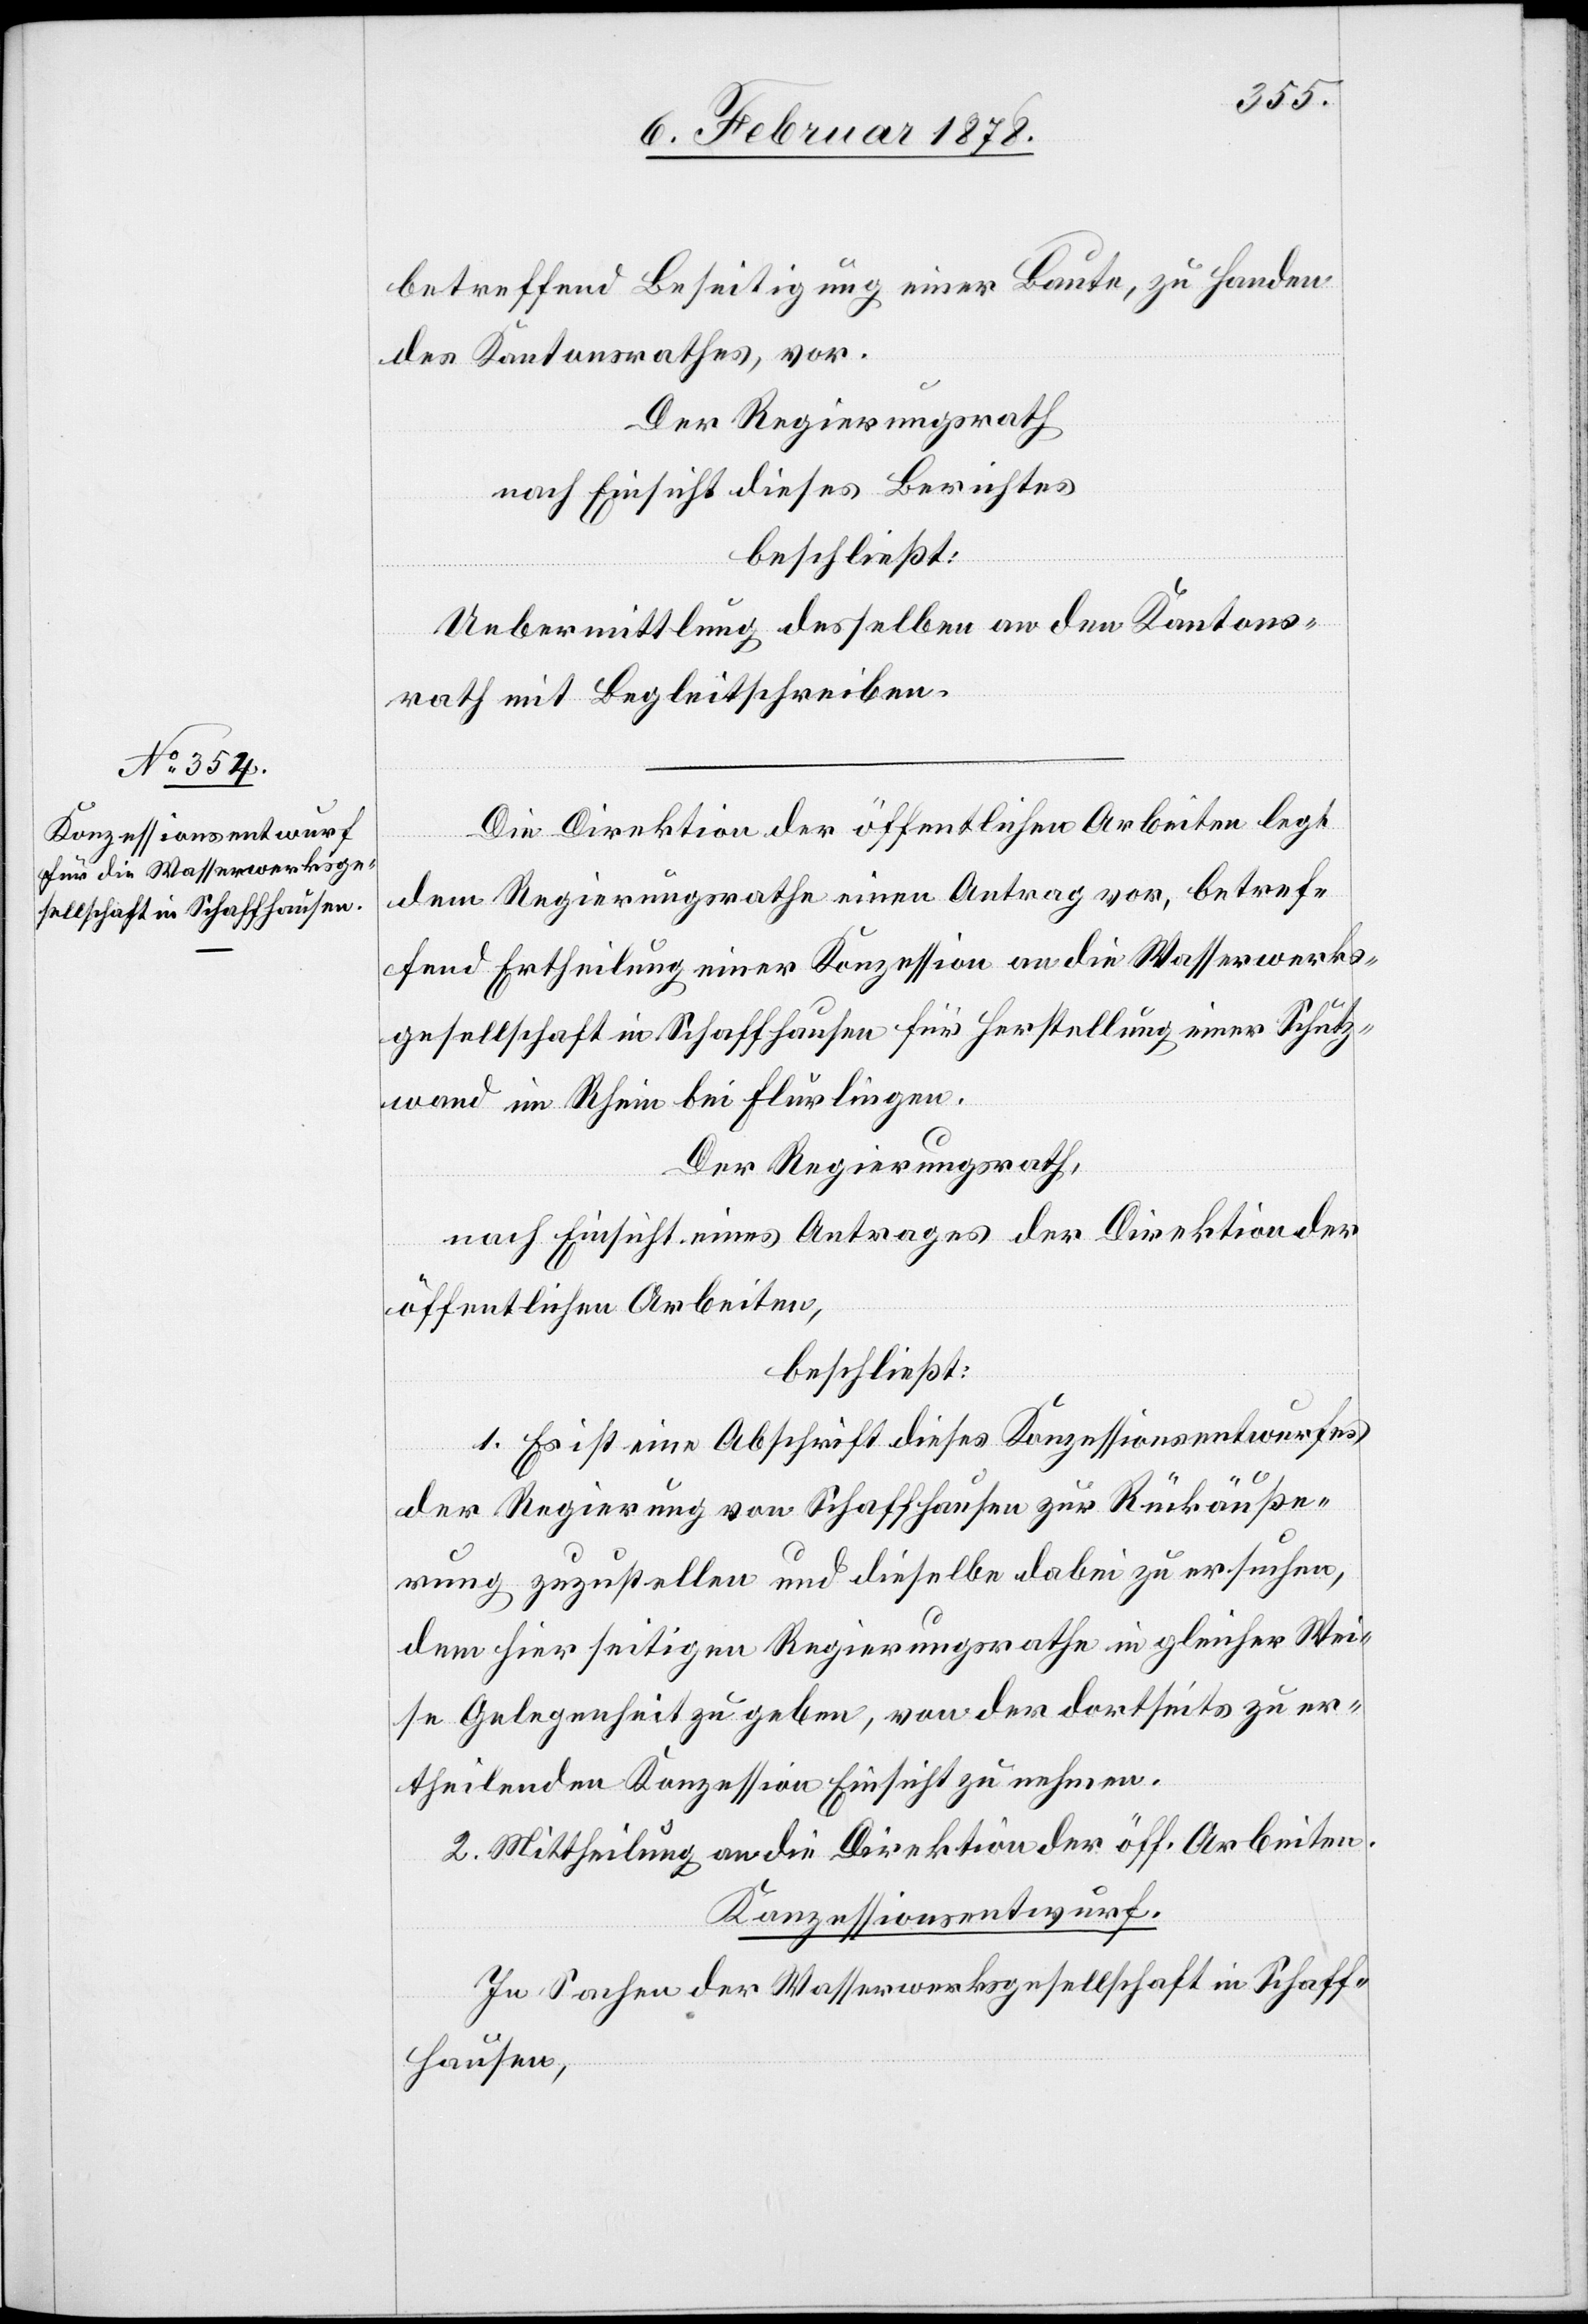
betreffend Beseitigung einer Baute, zu Handen
des Kantonsrathes, vor.
Der Regierungsrath
nach Einsicht dieses Berichtes
beschließt:
Uebermittlung desselben an den Kantons¬
rath mit Begleitschreiben.
Die Direktion der öffentlichen Arbeiten legt
dem Regierungsrathe einen Antrag vor, betref¬
fend Ertheilung einer Konzession an die Wasserwerks¬
gesellschaft in Schaffhausen für Herstellung einer Schutz¬
wand im Rhein bei Flurlingen.
Der Regierungsrath,
nach Einsicht eines Antrages der Direktion der
öffentlichen Arbeiten,
beschließt:
1. Es ist eine Abschrift dieses Konzessionsentwurfes
der Regierung von Schaffhausen zur Rückäuße¬
rung zuzustellen und dieselbe dabei zu ersuchen,
dem hierseitigen Regierungsrathe in gleicher Wei¬
se Gelegenheit zu geben, von der dortseits zu er¬
theilenden Konzession Einsicht zu nehmen.
2. Mittheilung an die Direktion der öff. Arbeiten.
Konzessionsentwurf.
In Sachen der Wasserwerksgesellschaft in Schaff¬
hausen,